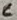
Text: C